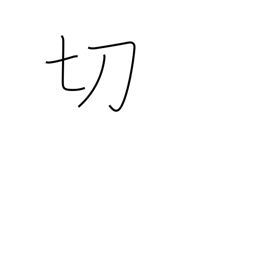
Meaning: be sharp